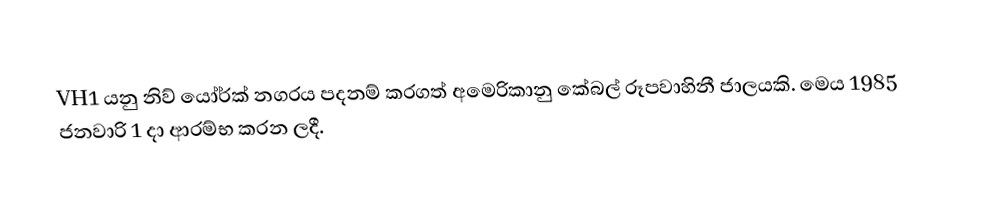
VH1 යනු නිව් යෝර්ක් නගරය පදනම් කරගත් අමෙරිකානු කේබල් රූපවාහිනී ජාලයකි. මෙය 1985 ජනවාරි 1 දා ආරම්භ කරන ලදී.